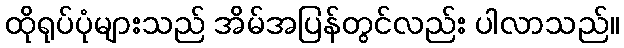
ထိုရုပ်ပုံများသည် အိမ်အပြန်တွင်လည်း ပါလာသည်။